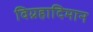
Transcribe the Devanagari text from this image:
विग्रहादिमान